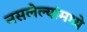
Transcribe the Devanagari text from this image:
नसलेल्यांमध्ये